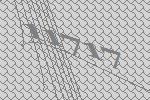
11717